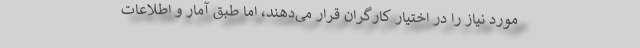
مورد نیاز را در اختیار کارگران قرار می‌دهند، اما طبق آمار و اطلاعات